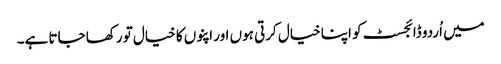
میں اُردو ڈائجسٹ کو اپنا خیال کرتی ہوں اور اپنوں کا خیال تو رکھا جاتا ہے۔